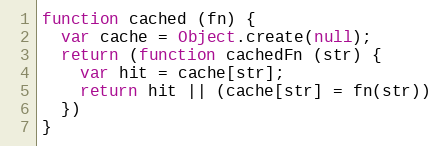
Language: JavaScript
function cached (fn) {
  var cache = Object.create(null);
  return (function cachedFn (str) {
    var hit = cache[str];
    return hit || (cache[str] = fn(str))
  })
}